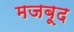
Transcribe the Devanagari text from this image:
मजबूद